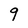
Character: 9